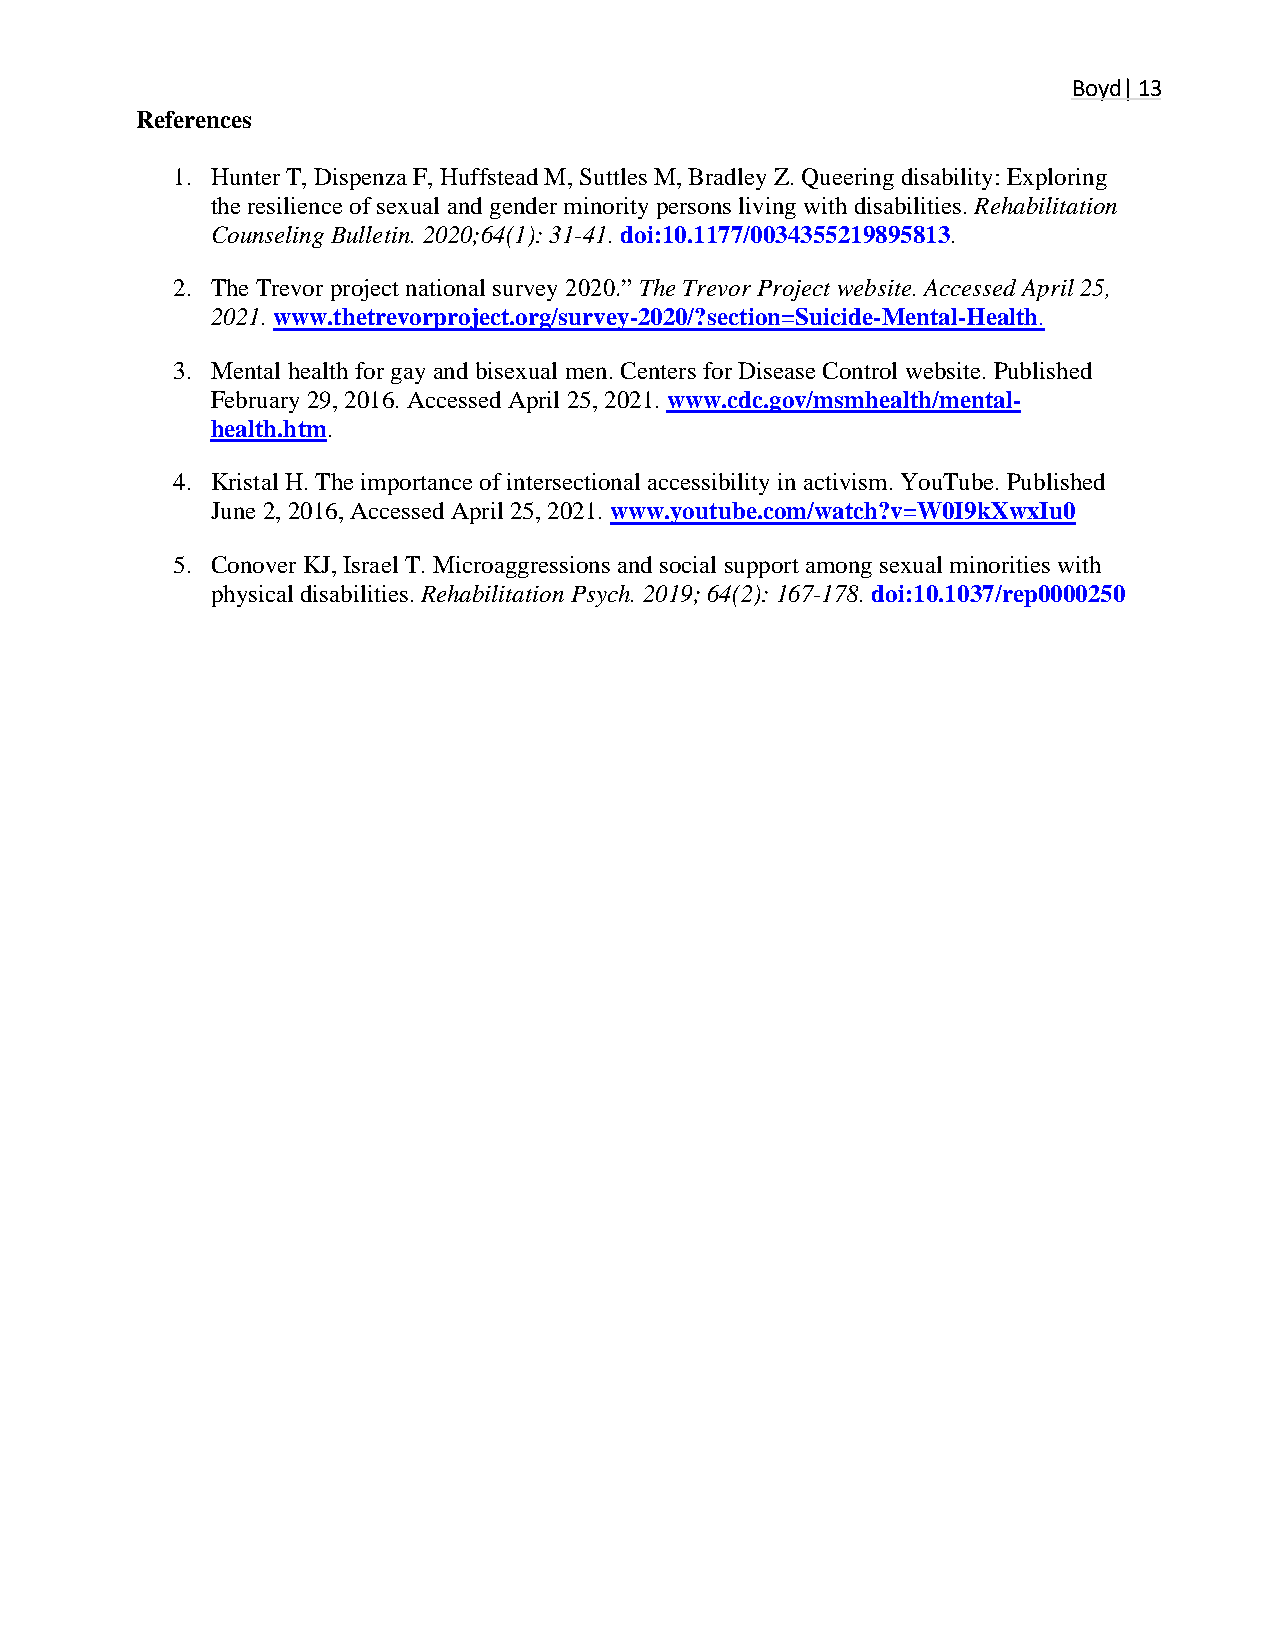
Boyd| 13
 References
 1. Hunter T, Dispenza F, Huffstead M, Suttles M, Bradley Z. Queering disability: Exploring
 the resilience of sexual and gender minority persons living with disabilities. Rehabilitation
 Counseling Bulletin. 2020;64(1): 31-41. doi:10.1177/0034355219895813.
 2. The Trevor project national survey 2020.” The Trevor Project website. Accessed April 25,
 2021. www.thetrevorproject.org/survey-2020/?section=Suicide-Mental-Health.
 3. Mental health for gay and bisexual men. Centers for Disease Control website. Published
 February 29, 2016. Accessed April 25, 2021. www.cdc.gov/msmhealth/mental-
 health.htm.
 4. Kristal H. The importance of intersectional accessibility in activism. YouTube. Published
 June 2, 2016, Accessed April 25, 2021. www.youtube.com/watch?v=W0I9kXwxIu0
 5. Conover KJ, Israel T. Microaggressions and social support among sexual minorities with
 physical disabilities. Rehabilitation Psych. 2019; 64(2): 167-178. doi:10.1037/rep0000250